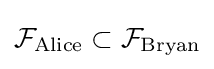
{\mathcal {F}}_{\text{Alice}}\subset {\mathcal {F}}_{\text{Bryan}}